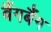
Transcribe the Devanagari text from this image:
बैंगबैंग